King Institute of Preventive Medicine Micro-Biological Section reports 1912-19
Year: 1912
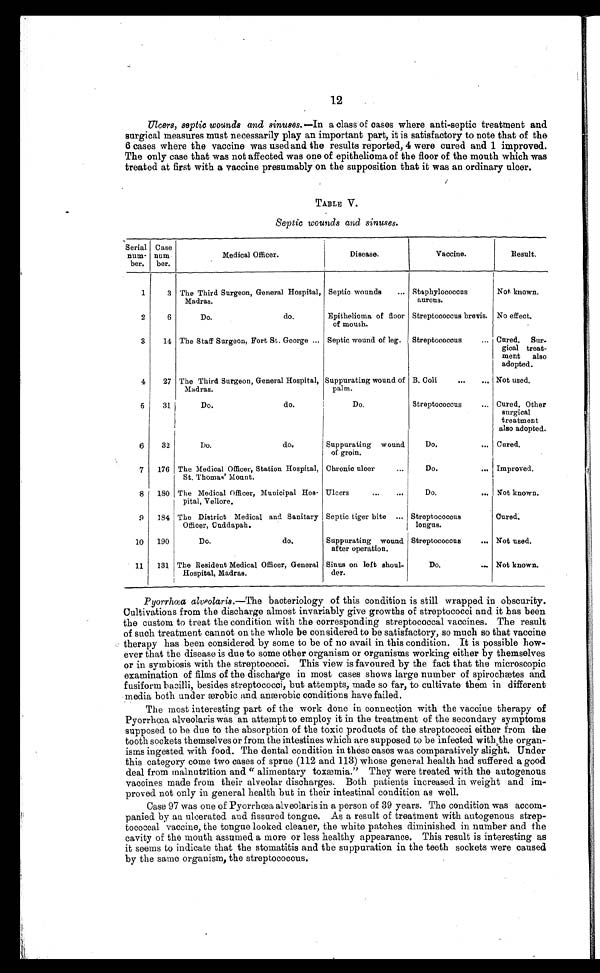
12
Ulcers, septic wounds and sinuses.—In a class of cases where anti-septic treatment and
surgical measures must necessarily play an important part, it is satisfactory to note that of the
6 cases where the vaccine was used and the results reported, 4 were cured and 1 improved.
The only case that was not affected was one of epithelioma of the floor of the mouth which was
treated at first with a vaccine presumably on the supposition that it was an ordinary ulcer.
TABLE V.
Septic wounds and sinuses.
Serial
num-
ber.
Case
num
ber.
Medical Officer.
Disease.
Vaccine.
Result.
1
3 The Third Surgeon, General Hospital,
Madras.
Septic wounds . . .
Staphylococcus
aureus.
Not known.
2
6
Do.
do.
Epithelioma of floor
of mouth .
Streptococcus brevis. No effect.
3
14 The Staff Surgeon, Fort St. George . . . Septic wound of leg. Streptococcus . . . Cured. Sur
-
gical treat
-
ment al so adopt ed.
4
27 The Third Surgeon, General Hospital,
Madras.
Suppurating wound of
palm.
B. Coli . . . Not used.
5
31
Do.
do.
Do.
Streptococcus . . . Cured. Other
surgical
treatment also adopted.
6
32
Do.
do.
Suppurating wound.
of groin.
Do.
. . . Cured.
7 176 The Medical Officer, Station Hospital,
St. Thomas' Mount.
Chronic ulcer . . .
Do.
. . . Improved.
8 180 The Medical Officer, Municipal Hos-
pital, Vellore.
Ulcers . . .
Do.
. . . Not known.
9 184 The District Medical and Sanitary
Officer, Cuddapah.
Septic tiger bite . . . Streptococcus
longus.
Cured.
10 190
Do.
do.
Suppurating wound
after operation.
Streptococcus . . . Not used.
11 131 The Resident Medical Officer, General
Hospital, Madras.
Sinus on left shoul-
der.
Do.
. . . Not known.
Pyorrhœa alveolaris.—The bacteriology of this condition is still wrapped in obscurity.
Cultivations from the discharge almost invariably give growths of streptococci and it has been
the custom to treat the condition with the corresponding streptococcal vaccines. The result
of such treatment cannot on the whole be considered to be satisfactory, so much so that vaccine
therapy has been considered by some to be of no avail in this condition. It is possible how
-
ever that the disease is due to some other organism or organisms working either by themselves
or in symbiosis with the streptococci. This view is favoured by the fact that the microscopic
examination of films of the discharge in most cases shows large number of spirochætes and
fusiform bacilli, besides streptococci, but attempts, made so far, to cultivate them in different
media both under ærobic and anærobic conditions have failed.
The most interesting part of the work done in connection with the vaccine therapy of
Pyorrhœa alveolaris was an attempt to employ it in the treatment of the secondary symptoms
supposed to be due to the absorption of the toxic products of the streptococci either from the
tooth sockets themselves or from the intestines which are supposed to be infected with the organ-
isms ingested with food. The dental condition in these cases was comparatively slight. Under
this category come two cases of sprue (112 and 113) whose general health had suffered a good
deal from malnutrition and "alimentary toxemia." They were treated with the autogenous
vaccines made from their alveolar discharges. Both patients increased in weight and im-
proved not only in general health but in their intestinal condition as well.
Case 97 was one of Pyorrhcea alveolaris in a person of 39 years. The condition was accom-
panied by an ulcerated and fissured tongue. As a result of treatment with autogenous strep-
tococcal vaccine, the tongue looked cleaner, the white patches diminished in number and the
cavity of the mouth assumed a more or less healthy appearance. This result is interesting as
it seems to indicate that the stomatitis and the suppuration in the teeth sockets were caused
by the same organism, the streptococcus.